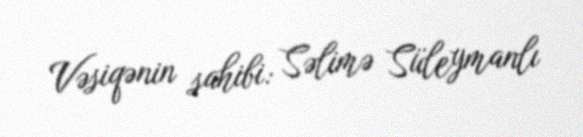
Vəsiqənin sahibi: Səlimə Süleymanlı